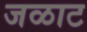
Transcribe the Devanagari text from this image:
जळाट